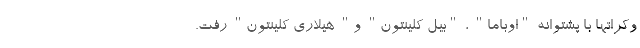
وکراتها با پشتوانه "اوباما" ، "بیل کلینتون" و" هیلاری کلینتون" رفت.